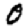
Digit: 0